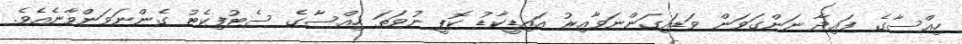
ހިއްސާގެ ފައިދާ ނަންގަވަން ވަޑައިގަންނަވާއިރު އައިޑީކާޑު ކޮޕީ ނުވަތަ ހިއްސާގެ ސެޓުފިކެޓު ގެންނަވަންވާނެއެވެ.